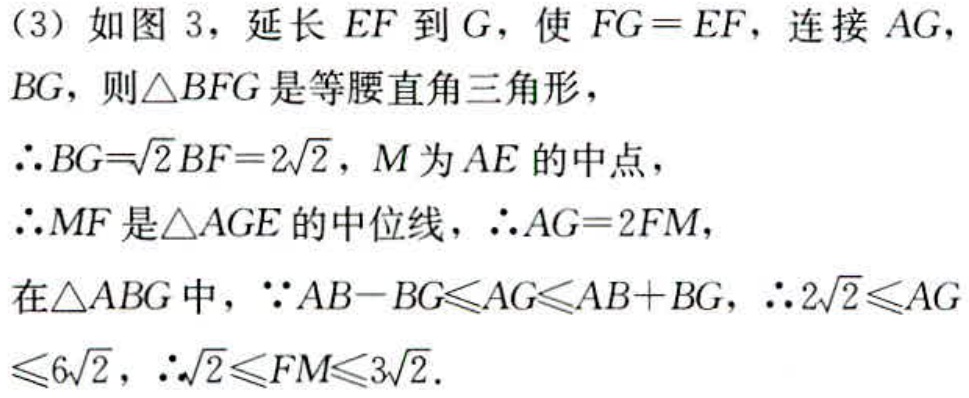
（3）如图 3，延长 \(EF\) 到 \(G\)，使 \(FG = EF\)，连接 \(AG\)，\(BG\)，则\(\triangle BFG\)是等腰直角三角形，
\(\therefore BG = \sqrt{2}BF = 2\sqrt{2}\)，\(M\)为 \(AE\) 的中点，
\(\therefore MF\)是\(\triangle AGE\)的中位线，\(\therefore AG = 2FM\)，
在\(\triangle ABG\)中，\(\because AB - BG\leqslant AG\leqslant AB + BG\)，\(\therefore 2\sqrt{2}\leqslant AG\leqslant 6\sqrt{2}\)，\(\therefore \sqrt{2}\leqslant FM\leqslant 3\sqrt{2}\).